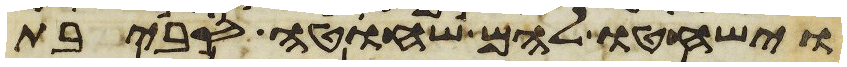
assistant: וישחטו להם שחוט סביבת